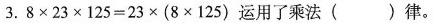
3.8\times 23\times125=23 \times (8\times125) 运用了乘法（ ）律。